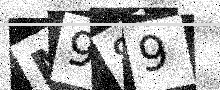
Text: M989